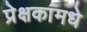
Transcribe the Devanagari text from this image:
प्रेक्षकांमधे